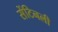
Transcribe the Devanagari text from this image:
सेंटिनली